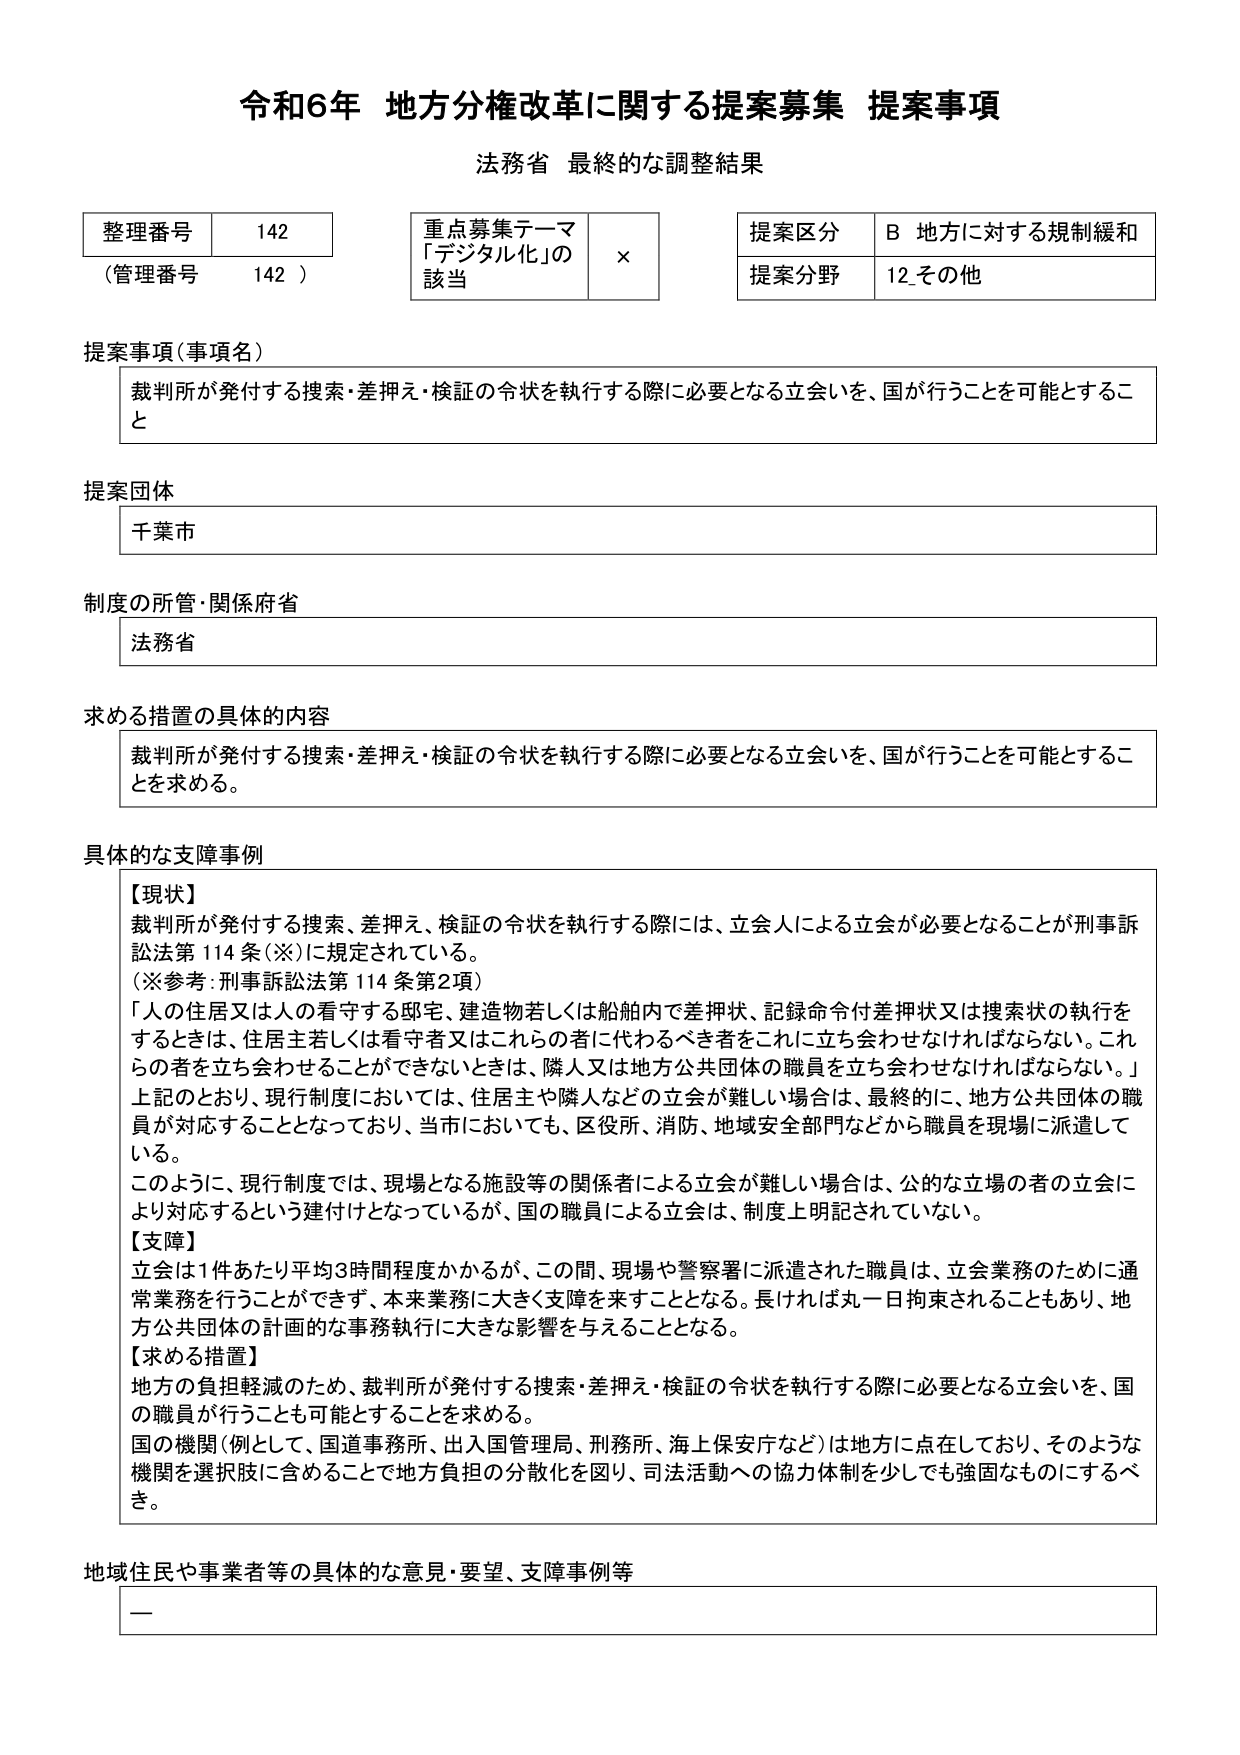
令和6年 地方分権改革に関する提案募集 提案事項
法務省 最終的な調整結果

整理番号 142
（管理番号 142）

重点募集テーマ
「デジタル化」の該当 ×

提案区分 B 地方に対する規制緩和
提案分野 12 その他

提案事項（事項名）
裁判所が発付する捜索・差押え・検証の令状を執行する際に必要となる立会いを、国が行うことを可能とすること

提案団体
千葉市

制度の所管・関係府省
法務省

求める措置の具体的な内容
裁判所が発付する捜索・差押え・検証の令状を執行する際に必要となる立会いを、国が行うことを可能とすることを求める。

具体的な支障事例
【現状】
裁判所が発付する捜索、差押え、検証の令状を執行する際には、立会人による立会が必要となることが刑事訴訟法第114条（※）に規定されている。
（※参考：刑事訴訟法第114条第2項）
「人の住居又は人の看守する邸宅、建造物若しくは船舶内で差押状、記録命令付差押状又は捜索状の執行をするときは、住居主若しくは看守者又はこれらの者に代わるべき者をこれに立ち会わせなければならない。これら の者を立ち会わせることができないときは、隣人又は地方公共団体の職員を立ち会わせなければならない。」
上記のとおり、現行制度においては、住居主や隣人などの立会が難しい場合は、最終的に、地方公共団体の職員が対応することとなっており、当市においても、区役所、消防、地域安全部門などから職員を現場に派遣している。
このように、現行制度では、現場となる施設等の関係者による立会が難しい場合は、公的な立場の者の立会により対応するという建付けとなっているが、国の職員による立会は、制度上明記されていない。

【支障】
立会は1件あたり平均3時間程度かかるが、この間、現場や警察署に派遣された職員は、立会業務のために通常業務を行うことができず、本来業務に大きく支障を来すこととなる。長ければ丸一日拘束されることもあり、地方公共団体の計画的な事務執行に大きな影響を与えることとなる。

【求める措置】
地方の負担軽減のため、裁判所が発付する捜索・差押え・検証の令状を執行する際に必要となる立会いを、国の職員が行うことも可能とすることを求める。
国の機関（例として、国道事務所、出入国管理局、刑務所、海上保安庁など）は地方に点在しており、そのような機関を選択肢に含めることで地方負担の分散化を図り、司法活動への協力体制を少しでも強固なものにするべき。

地域住民や事業者等の具体的な意見・要望、支障事例等
—